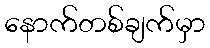
နောက်တစ်ချက်မှာ